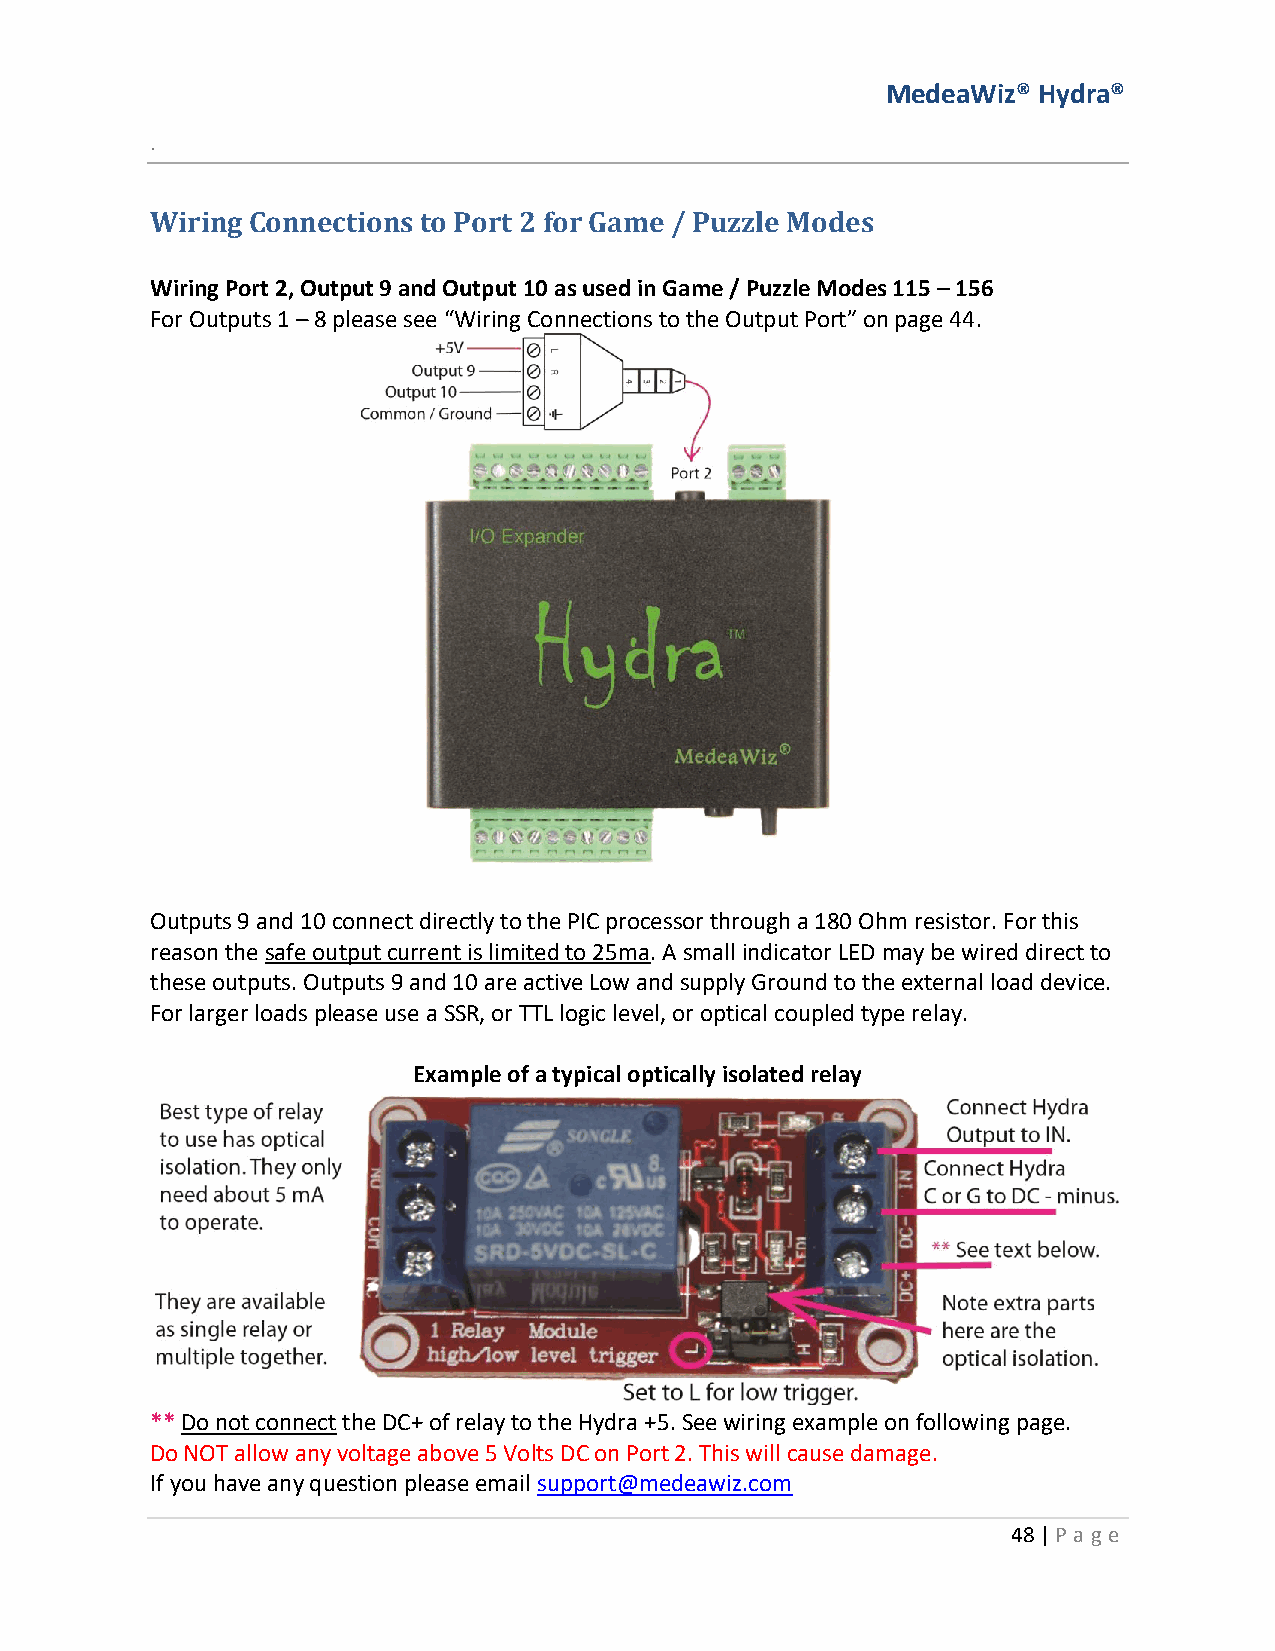
MedeaWiz® Hydra®
 .
 Wiring Connections to Port 2 for Game / Puzzle Modes
 Wiring Port 2, Output 9 and Output 10 as used in Game / Puzzle Modes 115 – 156
 For Outputs 1 – 8 please see “Wiring Connections to the Output Port” on page 44.
 Outputs 9 and 10 connect directly to the PIC processor through a 180 Ohm resistor. For this
 reason the safe output current is limited to 25ma. A small indicator LED may be wired direct to
 these outputs. Outputs 9 and 10 are active Low and supply Ground to the external load device.
 For larger loads please use a SSR, or TTL logic level, or optical coupled type relay.
 Example of a typical optically isolated relay
 ** Do not connect the DC+ of relay to the Hydra +5. See wiring example on following page.
 Do NOT allow any voltage above 5 Volts DC on Port 2. This will cause damage.
 If you have any question please email support@medeawiz.com
 48 | P age